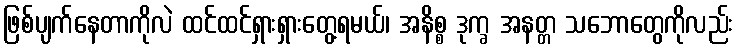
ဖြစ်ပျက်နေတာကိုလဲ ထင်ထင်ရှားရှားတွေ့ရမယ်၊ အနိစ္စ ဒုက္ခ အနတ္တ သဘောတွေကိုလည်း